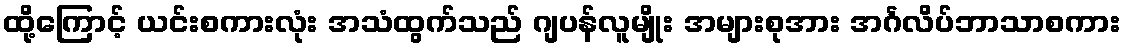
ထို့ကြောင့် ယင်းစကားလုံး အသံထွက်သည် ဂျပန်လူမျိုး အများစုအား အင်္ဂလိပ်ဘာသာစကား